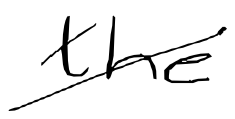
Text: the
Cross-out: diagonal
Writing tool: digital_black